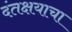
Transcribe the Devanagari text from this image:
दंतक्षयाचा